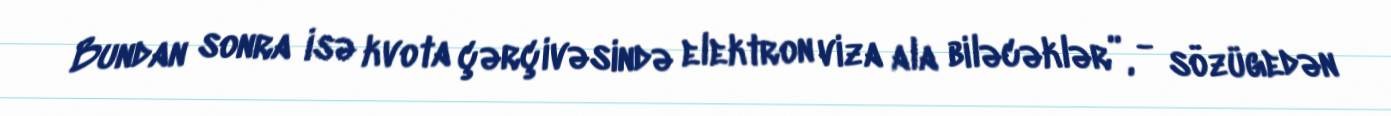
Bundan sonra isə kvota çərçivəsində elektron viza ala biləcəklər”, - sözügedən